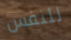
للنفس